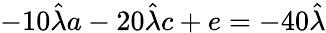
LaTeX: -10\hat{\lambda}a-20\hat{\lambda}c+e=-40\hat{\lambda}